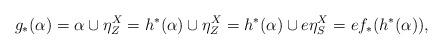
LaTeX: \begin{align*} g_*(\alpha) = \alpha \cup \eta^X_Z = h^*(\alpha) \cup \eta^X_Z = h^*(\alpha) \cup e \eta^X_S = e f_*(h^*(\alpha)), \end{align*}